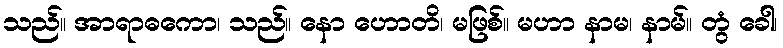
သည်။ အာရာဓကော၊ သည်။ နော ဟောတိ၊ မဖြစ်။ မဟာ နာမ၊ နာမ်။ တွံ ခေါ၊